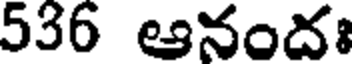
536 ఆనందః